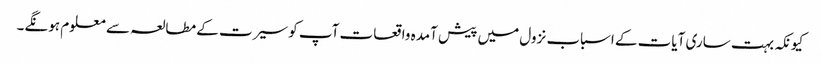
کیونکہ بہت ساری آیات کے اسباب نزول میں پیش آمدہ واقعات آپ کو سیرت کے مطالعہ سے معلوم ہونگے۔